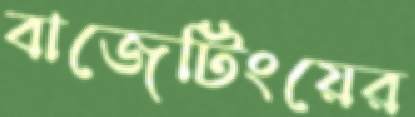
বাজেটিংয়ের